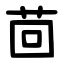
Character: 茴